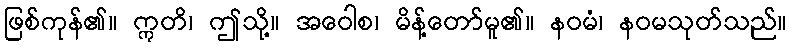
ဖြစ်ကုန်၏။ ဣတိ၊ ဤသို့။ အဝေါစ၊ မိန့်တော်မူ၏။ နဝမံ၊ နဝမသုတ်သည်။